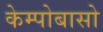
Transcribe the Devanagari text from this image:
केम्पोबासो